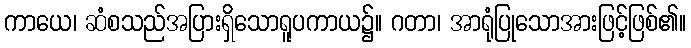
ကာယေ၊ ဆံစသည်အပြားရှိသောရူပကာယ၌။ ဂတာ၊ အာရုံပြုသောအားဖြင့်ဖြစ်၏။